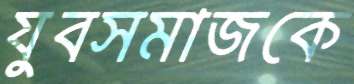
যুবসমাজকে